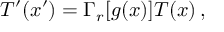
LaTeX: T ^ { \prime } ( x ^ { \prime } ) = \Gamma _ { r } [ g ( x ) ] T ( x ) \, ,